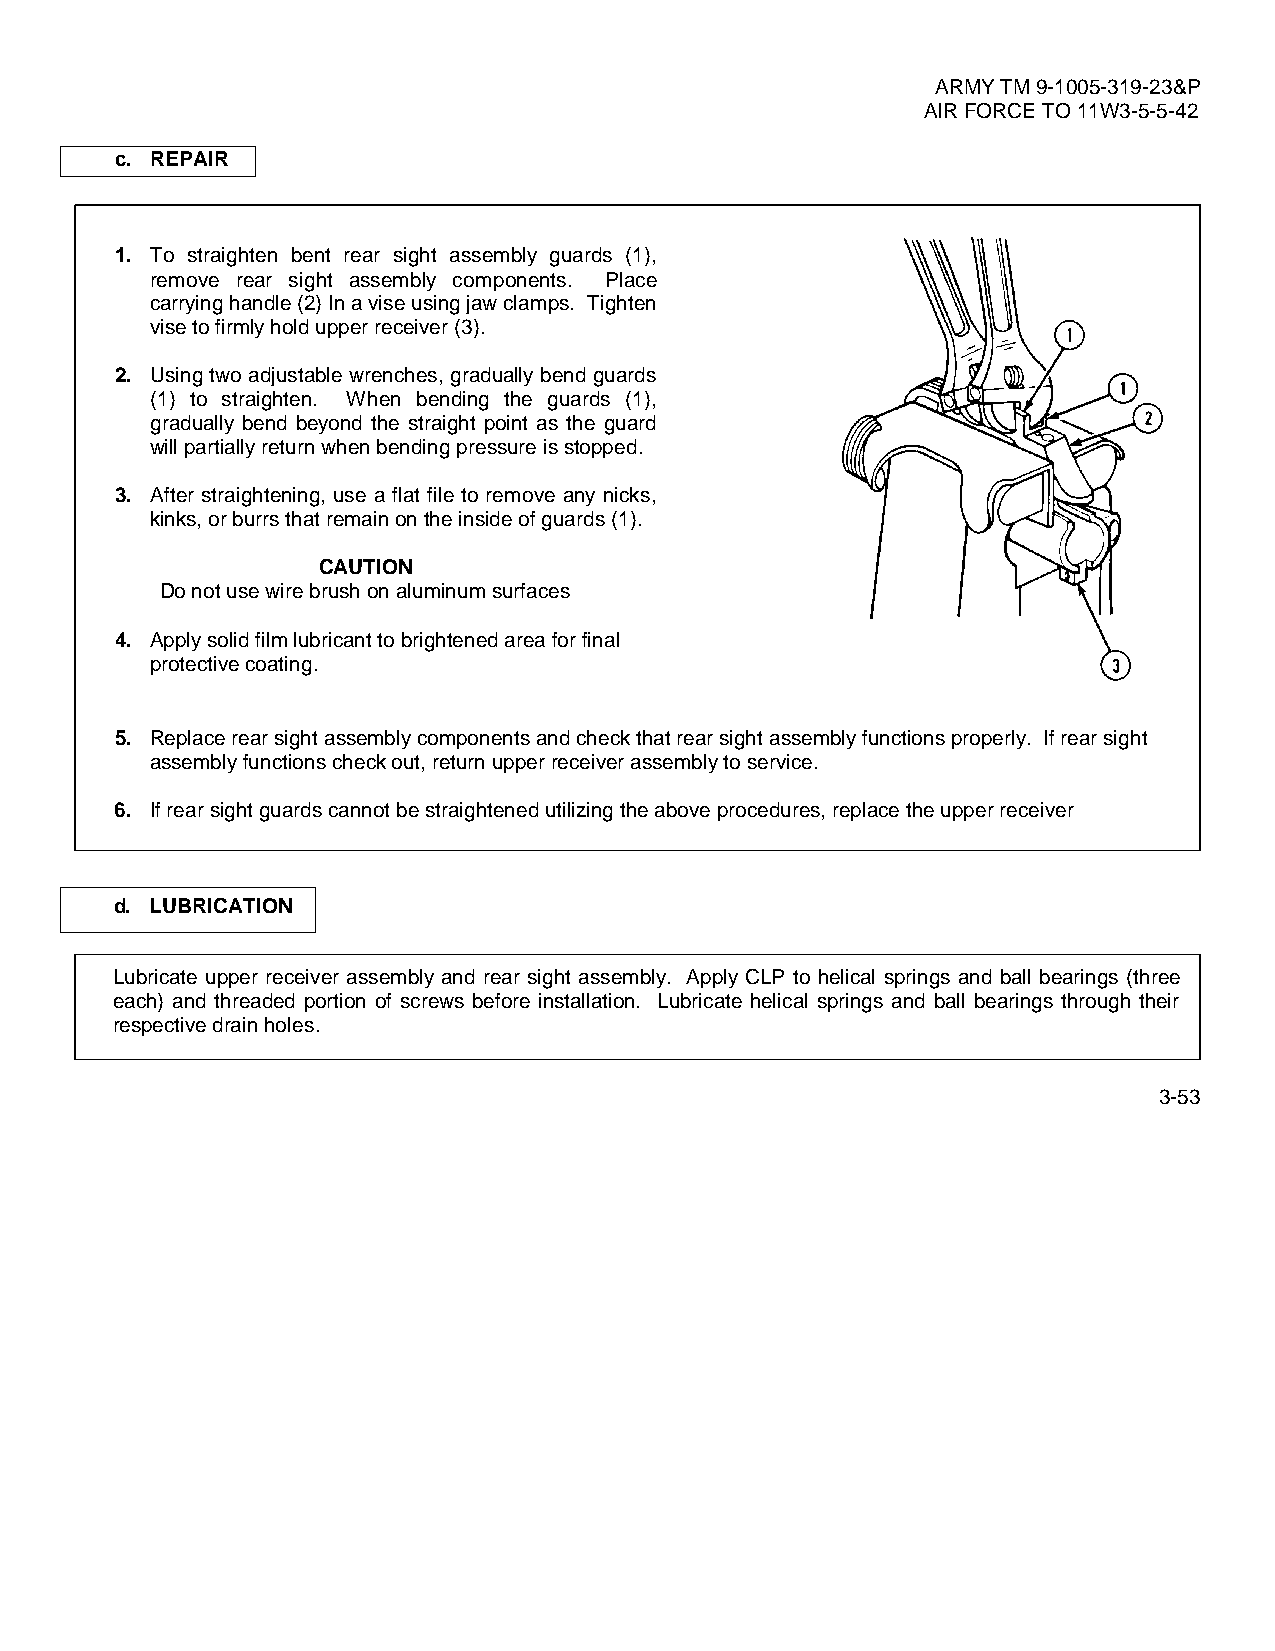
ARMY TM 9-1005-319-23&P
 AIR FORCE TO 11W3-5-5-42
 c. REPAIR
 1. To straighten bent rear sight assembly guards (1),
 remove rear sight assembly components. Place
 carrying handle (2) In a vise using jaw clamps. Tighten
 vise to firmly hold upper receiver (3).
 2. Using two adjustable wrenches, gradually bend guards
 (1) to straighten. When bending the guards (1),
 gradually bend beyond the straight point as the guard
 will partially return when bending pressure is stopped.
 3. After straightening, use a flat file to remove any nicks,
 kinks, or burrs that remain on the inside of guards (1).
 CAUTION
 Do not use wire brush on aluminum surfaces
 4. Apply solid film lubricant to brightened area for final
 protective coating.
 5. Replace rear sight assembly components and check that rear sight assembly functions properly. If rear sight
 assembly functions check out, return upper receiver assembly to service.
 6. If rear sight guards cannot be straightened utilizing the above procedures, replace the upper receiver
 d. LUBRICATION
 Lubricate upper receiver assembly and rear sight assembly. Apply CLP to helical springs and ball bearings (three
 each) and threaded portion of screws before installation. Lubricate helical springs and ball bearings through their
 respective drain holes.
 3-53